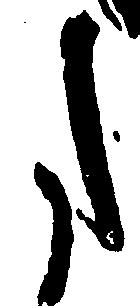
た